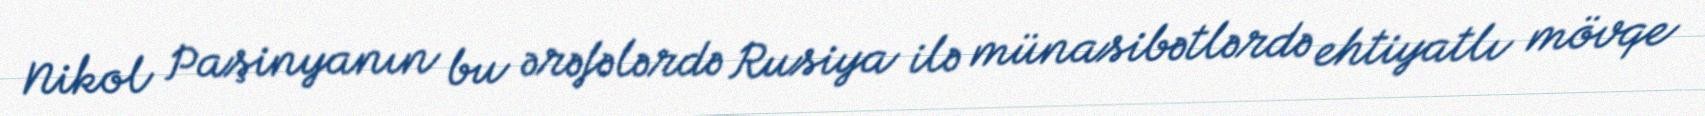
Nikol Paşinyanın bu ərəfələrdə Rusiya ilə münasibətlərdə ehtiyatlı mövqe